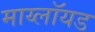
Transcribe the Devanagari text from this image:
माय्लॉयड